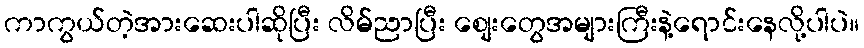
ကာကွယ်တဲ့အားဆေးပါဆိုပြီး လိမ်ညာပြီး စျေးတွေအများကြီးနဲ့ရောင်းနေလို့ပါပဲ။